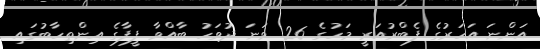
އަންނަ އަހަރުގެ ފެބްރުއަރީ މަހުގެ 26 ވަނަ ދުވަހު ބާއްވާ ފީފާގެ އިންތިހާބުގައި